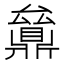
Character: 𠬔